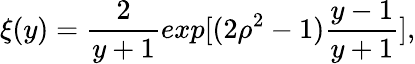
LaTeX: \xi(y)=\frac 2{y+1}exp[(2\rho^{2}-1)\frac{y-1}{y+1}],